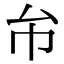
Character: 𢁔